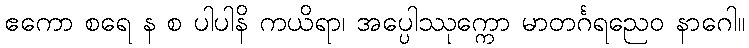
ဧကော စရေ န စ ပါပါနိ ကယိရာ၊ အပ္ပေါဿုက္ကော မာတင်္ဂရညေဝ နာဂေါ။